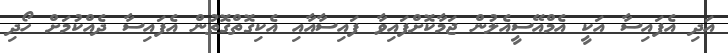
އަދި އެފައިސާ އަކީ އެމްއޭސީއެލުން ޖަމާކޮށްފައިވާ ފައިސާއާއި އެކިގޮތްގޮތުން އެފައިސާ ދެއްކުމަށް ހޯދި